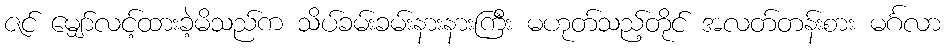
ဇင် မျှော်လင့်ထားခဲ့မိသည်က သိပ်ခမ်းခမ်းနားနားကြီး မဟုတ်သည့်တိုင် အလတ်တန်းစား မင်္ဂလာ